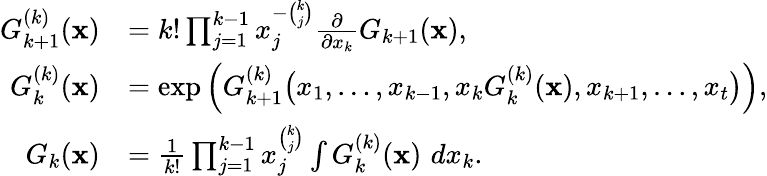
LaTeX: \begin{array}{rl}{G_{k+1}^{(k)}(\mathbf{x})}&{=k!\prod_{j=1}^{k-1}x_{j}^{-\binom{k}{j}}\frac{\partial}{\partial x_{k}}G_{k+1}(\mathbf{x}),}\\ {G_{k}^{(k)}(\mathbf{x})}&{=\exp\left(G_{k+1}^{(k)}\big(x_{1},\ldots,x_{k-1},x_{k}G_{k}^{(k)}(\mathbf{x}),x_{k+1},\ldots,x_{t}\big)\right),}\\ {G_{k}(\mathbf{x})}&{=\frac{1}{k!}\prod_{j=1}^{k-1}x_{j}^{\binom{k}{j}}\int G_{k}^{(k)}(\mathbf{x})\, \, dx_{k}.}\end{array}